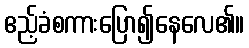
ဧည့်ခံစကားပြော၍နေလေ၏။